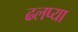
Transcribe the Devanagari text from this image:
ढलप्या